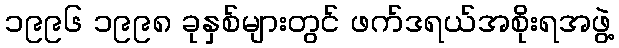
၁၉၉၆ ၁၉၉၈ ခုနှစ်များတွင် ဖက်ဒရယ်အစိုးရအဖွဲ့